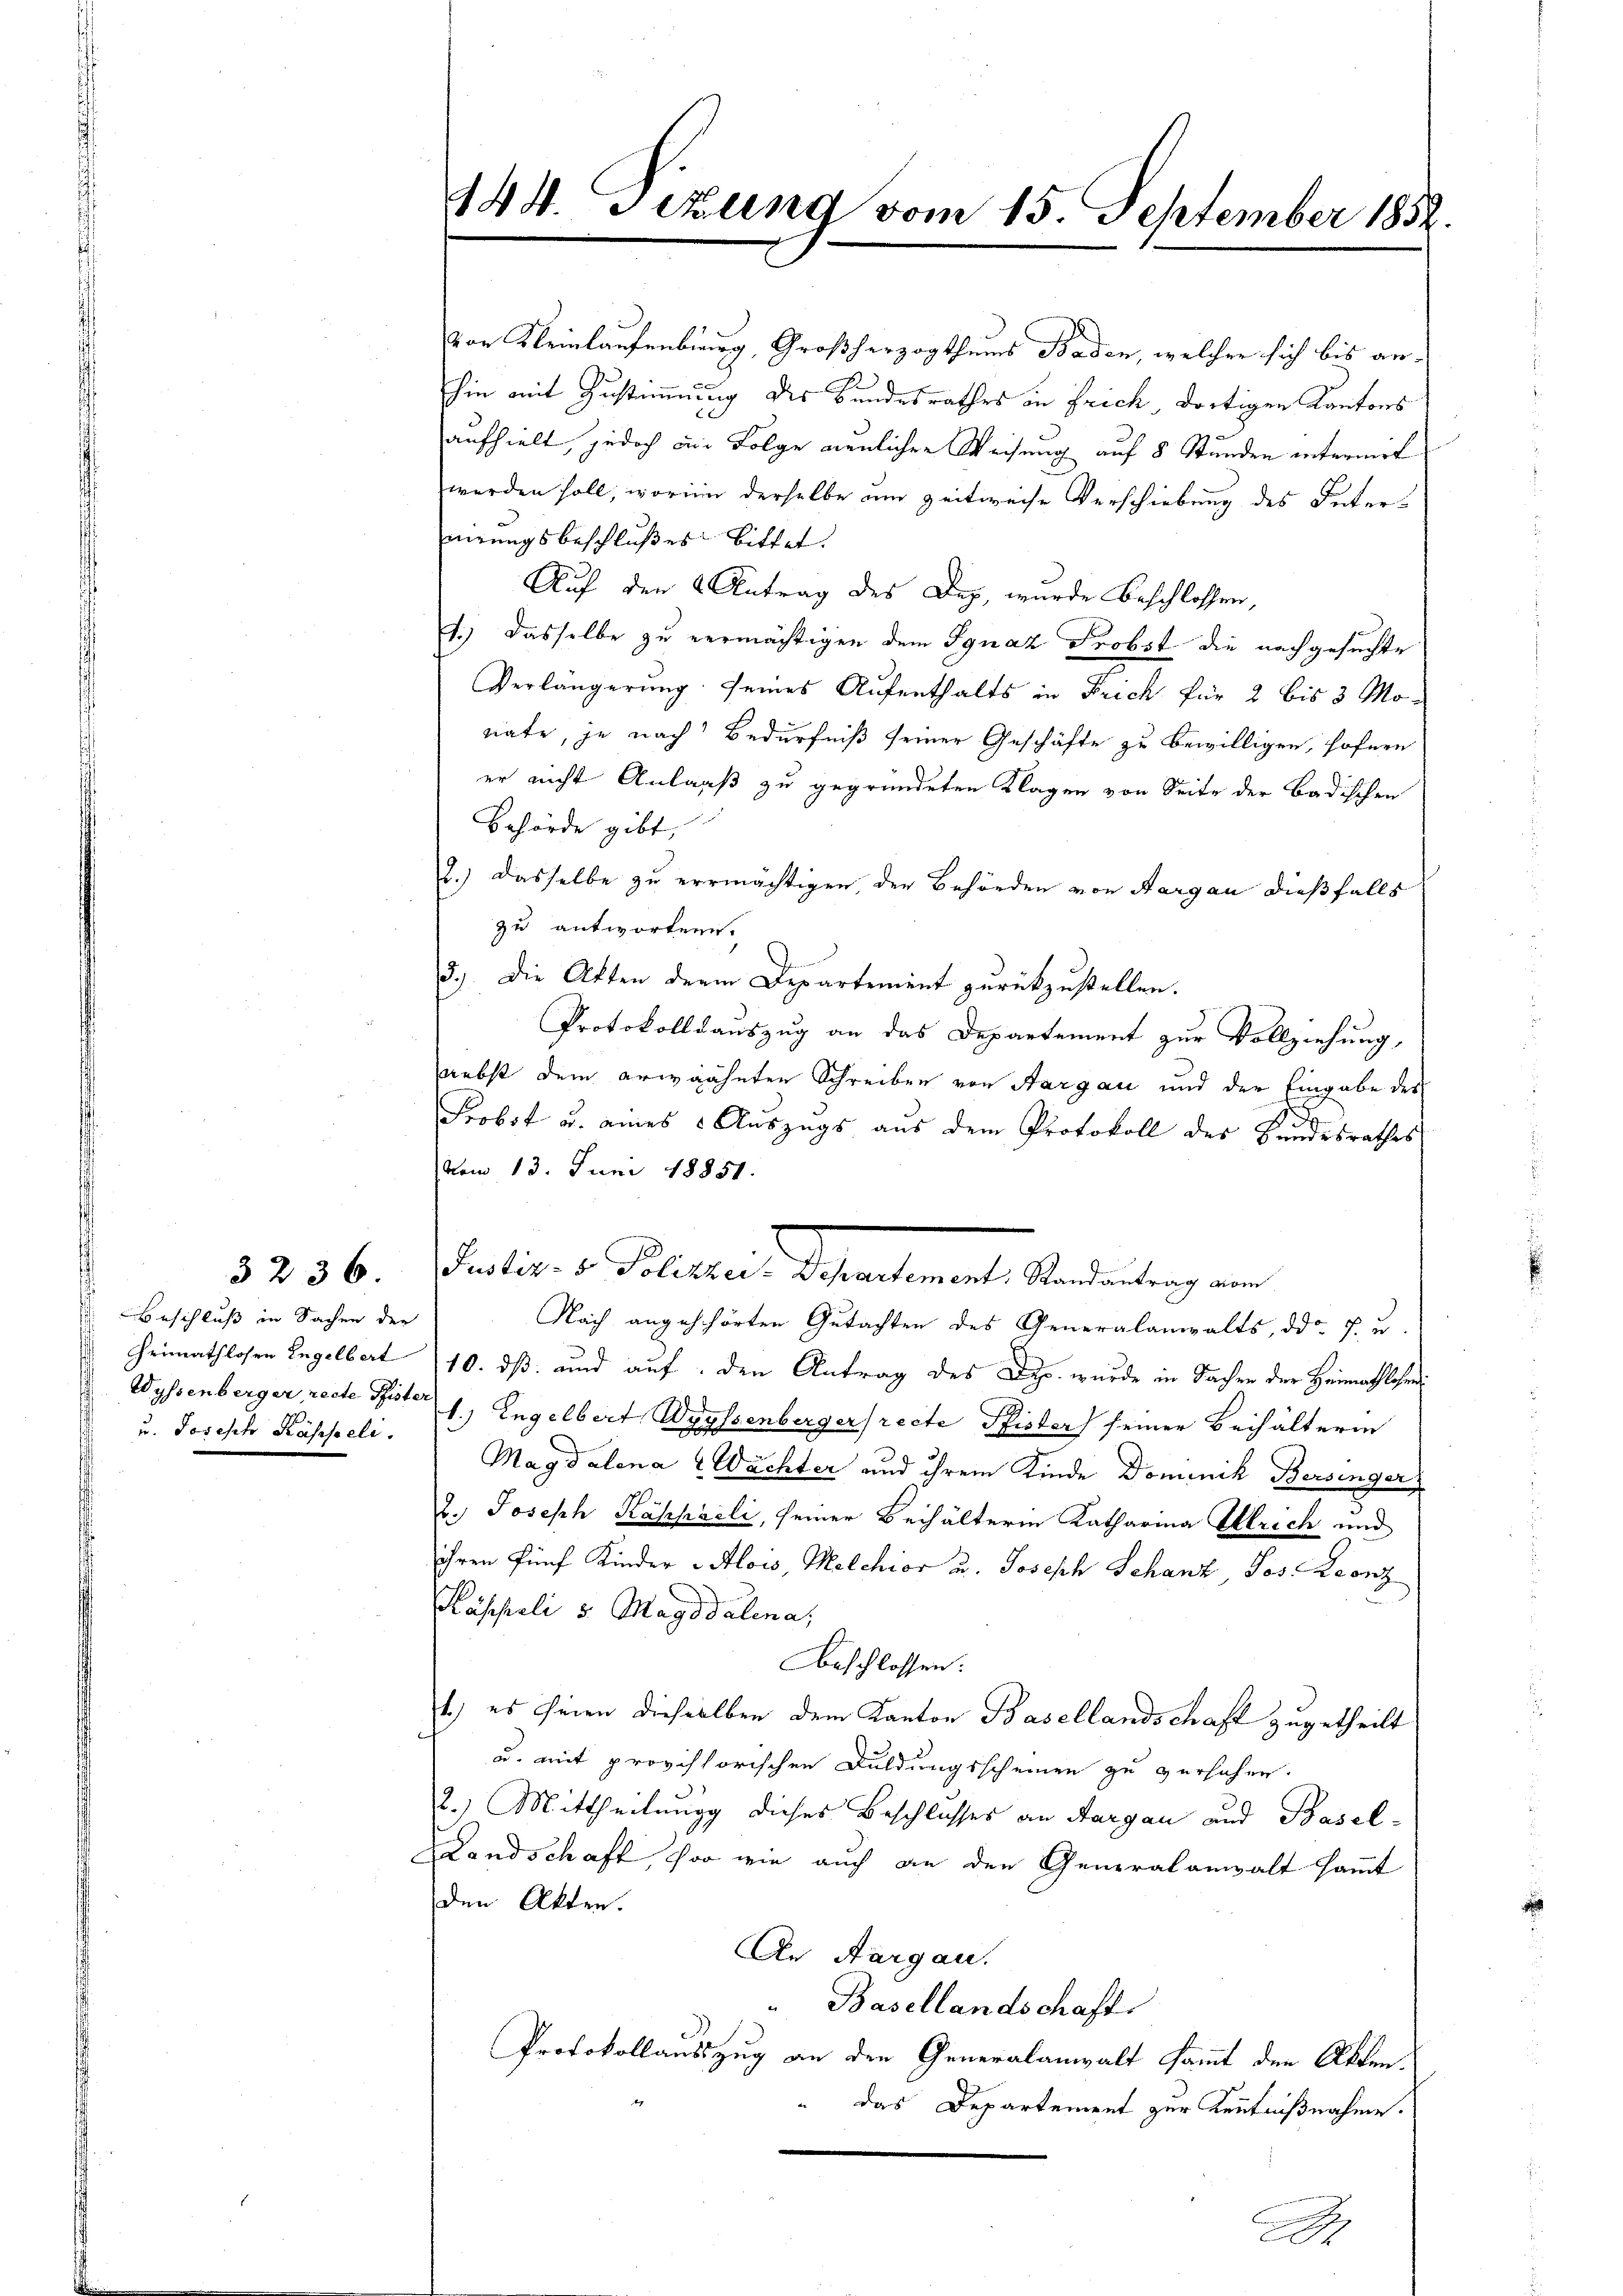
3236.

von Kleinlaufenburg, Großherzogthums Baden, welcher sich bis anhin mit Zustimmung des Bundesrathes in frich, dortigen Kantons
aufhielt, jedoch ein Folge neulicher Weisung auf 8 Stunden internirt
werden soll, worinn derselbe um zeitweise Verschiebung des Internirungsbeschlußes bittet.
Auf den Antrag des Dez, wurde beschlossen,
1.) Dasselbe zu vermächtigen dem Ignaz Probst die nachgesuchte
Verlängerung seines Aufenthalts in Frich für 2 bis 3 Monate, je nach Bedürfniß seiner Geschäfte zu bewilligen, hofnen
er nicht Anlaaß zu gegründeten Klagen von Seite der Badischen
Behörde gibt,
2.) Dasselbe zu ermächtigen, der Behörden von Aargau dießfalls
zu antworten.
3.) Die Akten der Departement zurückzustellen.
Protokollsauszug an das Departement zur Vollziehung,
nebst dem erwähnten Schreiben von Aargau und der Eingabe des
8
Probst u. eines Auszugs aus dem Protokoll des Bundesrathes
vom 13. Juni 18851.
actions Sollten Standemnach bedeutung an
Nach angeschörten Gutachten des Generalanwalts, ddr f. u
10. dß und auf, den Antrag des Disp. wurde in Sachen der Heimathlosen
Wyssenberger, recte Titel, Engelbert Wyyssenbergerrecte Pfister seiner Beihälterin
Magdalena 2 Wächter und ihrem Kinde Dominik Bersinger
b. Joseph Kähhaeli, seiner Behälterin Katharina Ulrich und
ihren fünf Kinder Alois, Melchior u. Joseph Schanz, Jos. Leonz
Pässeli v. Magdalena,
beschlossen:
1.) es seien dieselben dem Kanton Basellandschaft zugetheilt
u. mit provisorischen Duldungsscheinen zu versehen.
2.) Mittheilung dieses Beschlusses an Aargau und Basel-
LLandschaft, so wie auch an den Generalanwaltsammt
den Akten.
An Aargau.
" Basellandschaft.
Protokollausszug an den Generalanwalt sammt der Akten.
das Departement zur Kenntnißnahme.
.

Beschluß in Sachen der
Heimathlosen Engelbert
u. Joseph Kasseli.

144. Sizung vom 15. September 1852.

t